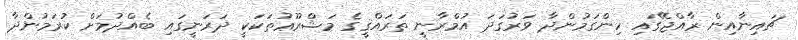
ޗައިނާއިން ރާއްޖޭގައި ހިންގަމުންދާ ވަރުގަދަ އުމްރާނީ ތަރައްޤީގެ މަޝްރޫޢުތަކަކީ ދަރަނީގައި ބެއްދުމަށް ކުރަމުންދާ